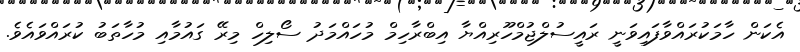
އެކަން ހާމަކުރައްވާފައިވަނީ ރައީސުލްޖުމްހޫރިއްޔާ އިބްރާހިމް މުހައްމަދު ސޯލިހް މިރޭ ގައުމާއި މުހާތަބު ކުރައްވައެވެ.